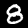
Label: 8